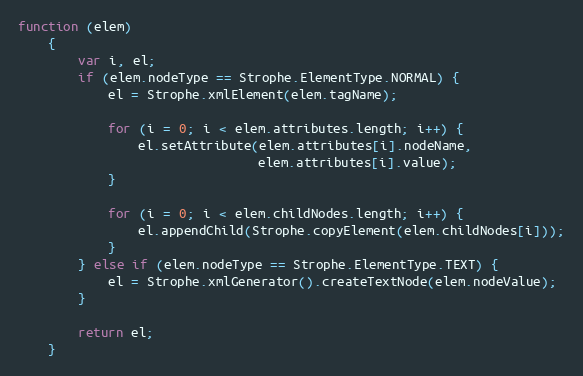
Language: JavaScript
function (elem)
    {
        var i, el;
        if (elem.nodeType == Strophe.ElementType.NORMAL) {
            el = Strophe.xmlElement(elem.tagName);

            for (i = 0; i < elem.attributes.length; i++) {
                el.setAttribute(elem.attributes[i].nodeName,
                                elem.attributes[i].value);
            }

            for (i = 0; i < elem.childNodes.length; i++) {
                el.appendChild(Strophe.copyElement(elem.childNodes[i]));
            }
        } else if (elem.nodeType == Strophe.ElementType.TEXT) {
            el = Strophe.xmlGenerator().createTextNode(elem.nodeValue);
        }

        return el;
    }